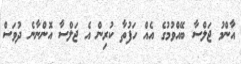
އާންމު ޖަލްސާ ބޭއްވުމުގެ އެއް ހަފުތާ ކުރިން އެ ޖަލްސާ އޮންނާނެ ދުވަސް